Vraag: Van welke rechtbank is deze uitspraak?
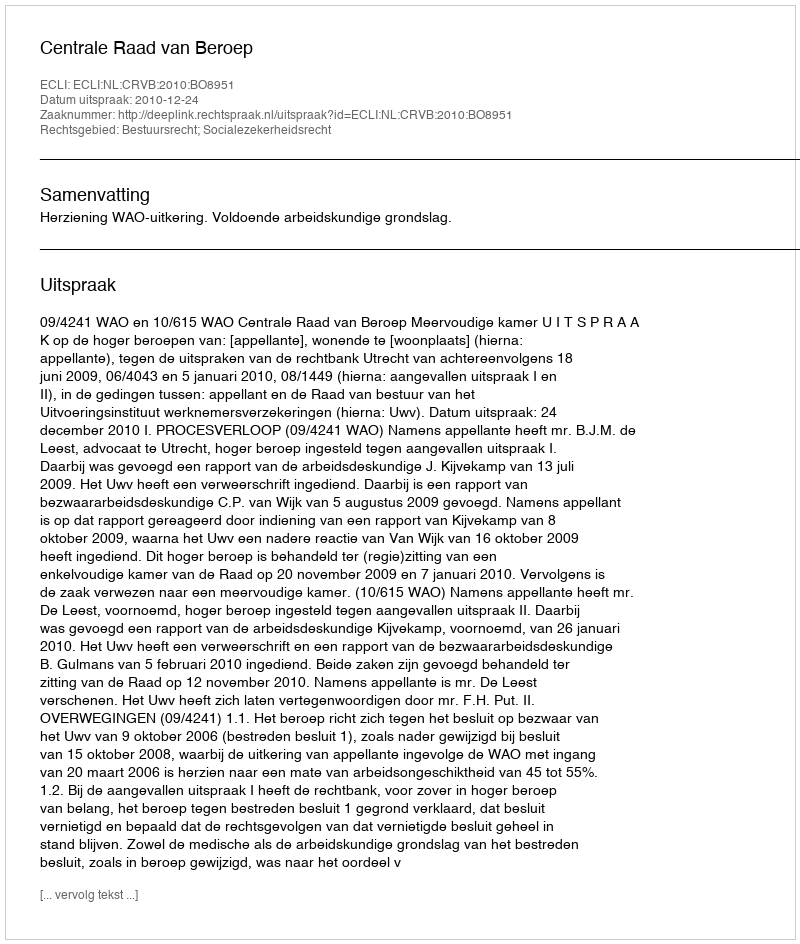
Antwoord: Centrale Raad van Beroep